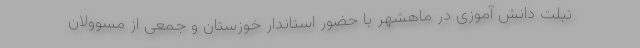
تبلت دانش آموزی در ماهشهر با حضور استاندار خوزستان و جمعی از مسوولان